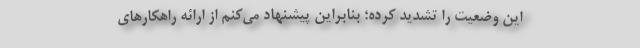
این وضعیت را تشدید کرده؛ بنابراین پیشنهاد می‌کنم از ارائه راهكارهای